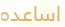
اساعده